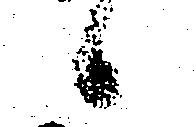
候